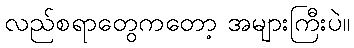
လည်စရာတွေကတော့ အများကြီးပဲ။